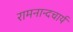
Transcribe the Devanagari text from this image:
रामनान्दचार्य